Report on lock hospitals in British Burma
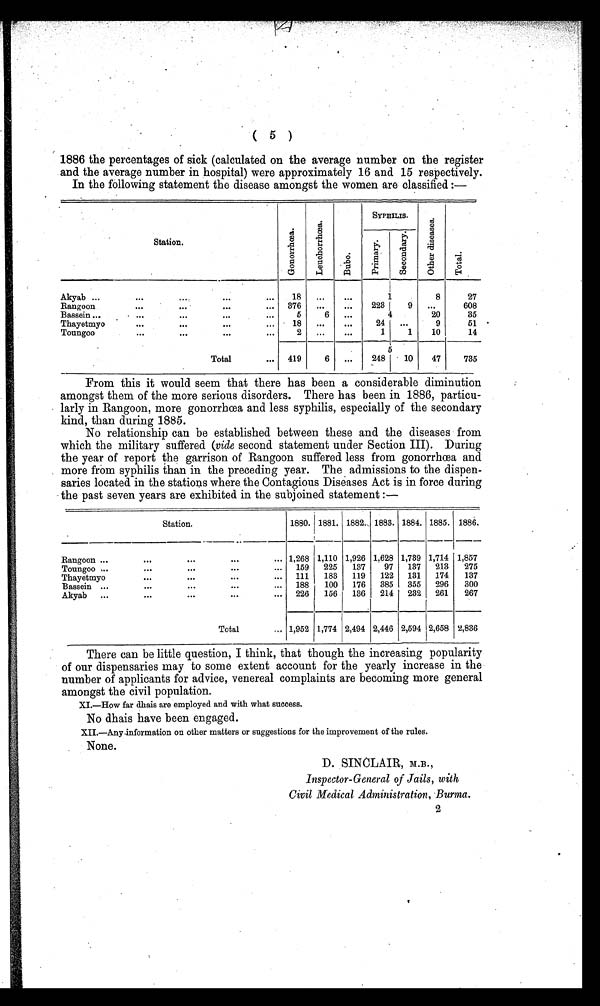
( 5 )
1886 the percentages of sick (calculated on the average number on the register
and the average number in hospital) were approximately 16 and 15 respectively.
In the following statement the disease amongst the women are classified :—
Station.
G o n o r r h œ a .
L e u c h o r r h œ a
B u b o .
SYPHILIS.
O t h e r d i s e a s e s
T o t a l
P r i m a r y S e c o n d a r y
Akyab ...
...
. . . .
. . .
. . .
18
...
. . .
1
8
27
376
...
223
. . .
608
Rangoon
...
...
...
...
Bassein ...
...
...
...
. . .
5
6
. . .
4
20
35
Thayetmyo
...
...
...
...
18
...
. . .
24
...
9
51
2
...
. . .
1
1
10
14
Toungoo
...
...
...
. . .
5
.
Total
...
419
6
...
248
. 1 0 47
735
From this it would seem that there has been a considerable diminution
amongst them of the more serious disorders. There has been in 1886, particu-
larly in Rangoon, more gonorrhoea and less syphilis, especially of the secondary
kind, than during 1885.
No relationship can be established between these and the diseases from
which the military suffered (vide second statement under Section III). During
the year of report the garrison of Rangoon suffered less from gonorrhœa and
more from syphilis than in the preceding year. The admissions to the dispen-
saries located in the stations where the Contagious Diseases Act is in force during
the past seven years are exhibited in the subjoined statement :—
_
Station.
1880.
.
1881.
—
1882.. 1883.
—
1884.
—
1885.
—*
1886.
—
Rangoon ...
...
...
...
... 1,268 1,110 1,926 1,628 1,739 1,714 1,857
159
225
137
97
137
213
275
Toungoo ...
...
...
...
...
Thayetmyo
...
...
...
...
111
183
119
122
131
174
137
188
100
176
385
355
296
300
Bassein ...
...
...
...
...
226
156
136
214
232
261
267
Akyab
...
...
...
...
...
Total
... 1,952 1,774 2,494 2,446 2,594 2,658 2,836
There can be little question, I think, that though the increasing popularity
of our dispensaries may to some extent account for the yearly increase in the
number of applicants for advice, venereal complaints are becoming more general
amongst the civil population.
XI.—How far dhais are employed and with what success.
No dhais have been engaged.
XII.—Any information on other matters or suggestions for the improvement of the rules.
None.
D. SINCLAIR, M.B.,
Inspector-General of Jails, with
Civil Medical Administration, Burma.
2